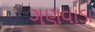
ગણવાડા